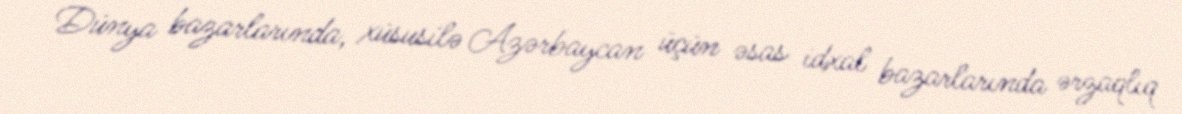
Dünya bazarlarında, xüsusilə Azərbaycan üçün əsas idxal bazarlarında ərzaqlıq